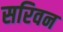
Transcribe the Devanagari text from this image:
सरिवन